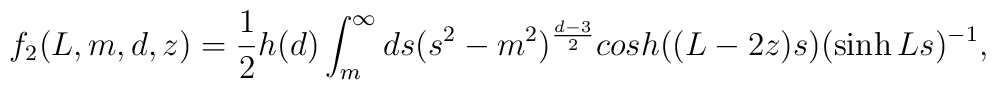
f_2(L,m,d,z)=\frac{1}{2}h(d)\int_{m}^{\infty}ds(s^2-m^2)^{\frac{d-3}{2}}cosh((L-2z)s)(\sinh Ls)^{-1},